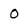
Character: O